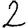
Digit: 2